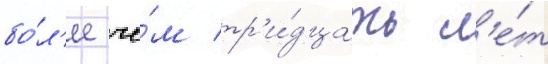
бо́л'ее че́м тр'и́дцать л'е́т